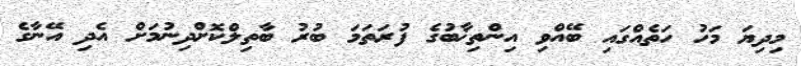
މިދިޔަ މަހު ހަތެއްގައި ބޭއްވި އިންތިޚާބުގެ ފުރަތަމަ ބުރު ބާތިލްކޮށްދިނުމަށް އެދި އޭނާގެ